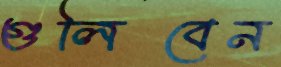
গুলিবেন